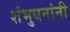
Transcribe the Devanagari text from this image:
शंभुधनांनी